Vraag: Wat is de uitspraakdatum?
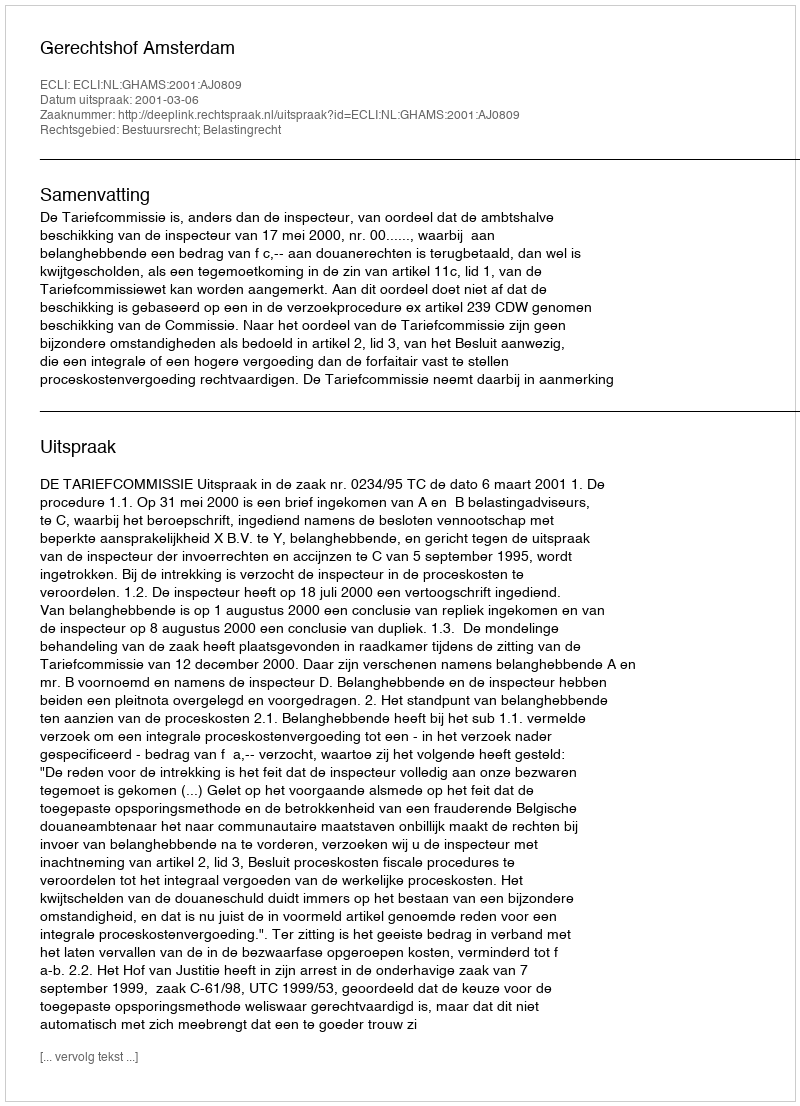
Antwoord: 2001-03-06